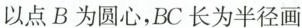
以点B为圆心，BC长为半径画